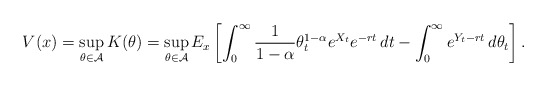
\begin{align*}V(x)=\sup_{\theta \in\mathcal{A}}K(\theta) = \sup_{\theta \in\mathcal{A}}E_x\left[ \int_{0}^{\infty}\frac{1}{1-\alpha}\theta^{1-\alpha}_t e^{X_t}e^{-rt}\,dt - \int_{0}^{\infty}e^{Y_t-rt}\,d\theta_{t}\right] . \end{align*}